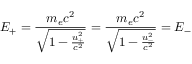
E _ { + } = \frac { m _ { e } c ^ { 2 } } { \sqrt { 1 - \frac { u _ { + } ^ { 2 } } { c ^ { 2 } } } } = \frac { m _ { e } c ^ { 2 } } { \sqrt { 1 - \frac { u _ { - } ^ { 2 } } { c ^ { 2 } } } } = E _ { - }